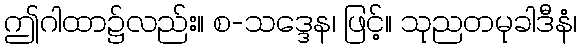
ဤဂါထာ၌လည်း။ စ-သဒ္ဒေန၊ ဖြင့်။ သုညတမုခါဒီနံ၊